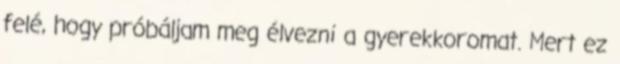
felé, hogy próbáljam meg élvezni a gyerekkoromat. Mert ez